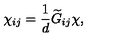
\chi _ { i j } = { \frac { 1 } { d } } { \widetilde G } _ { i j } \chi ,